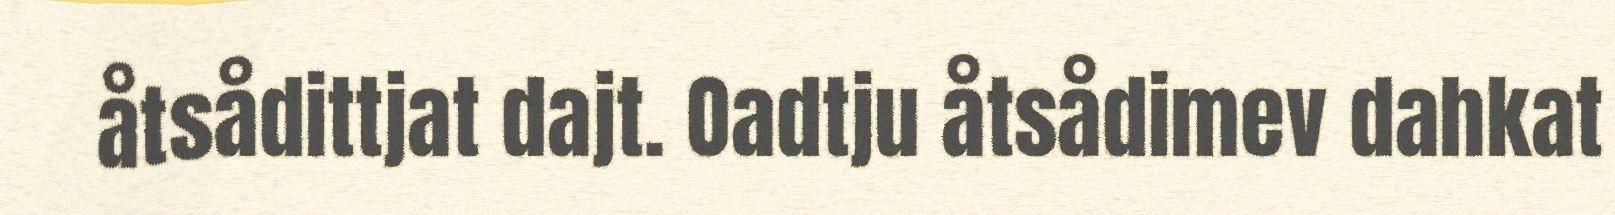
åtsådittjat dajt. Oadtju åtsådimev dahkat